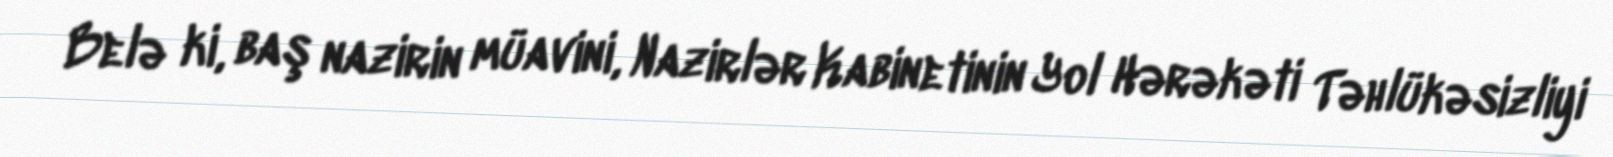
Belə ki, baş nazirin müavini, Nazirlər Kabinetinin Yol Hərəkəti Təhlükəsizliyi